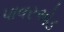
પાવરએડ